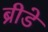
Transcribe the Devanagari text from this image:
ब्रीडे